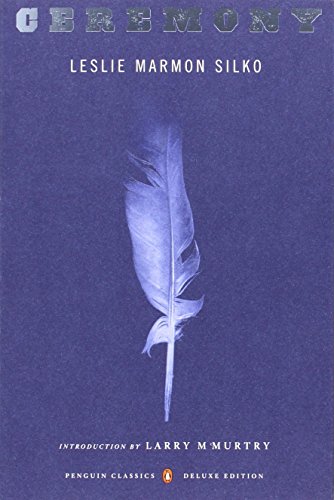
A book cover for Ceremony: (Penguin Classics Deluxe Edition); Leslie Marmon Silko; Literature & Fiction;